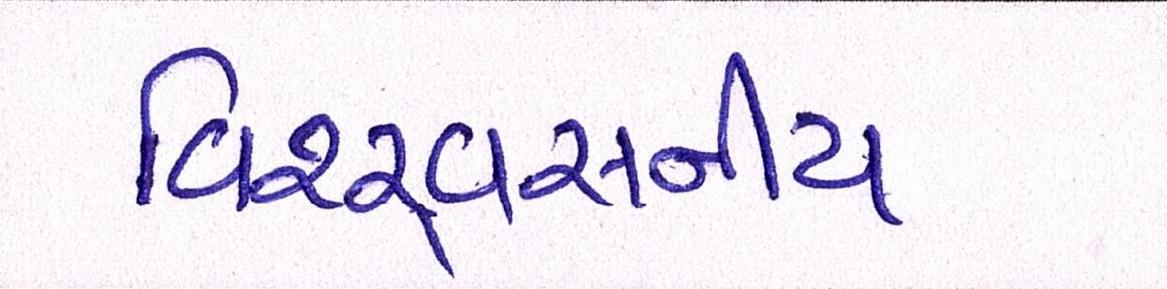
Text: વિશ્ર્વસનીય